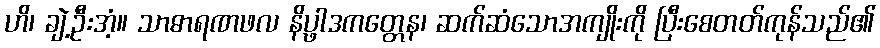
ဟိ၊ ချဲ့ဦးအံ့။ သာဓာရဏဖလ နိပ္ဖာဒကတ္တေန၊ ဆက်ဆံသောအကျိုးကို ပြီးစေတတ်ကုန်သည်၏